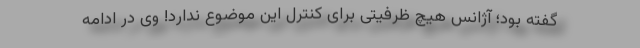
گفته بود؛ آژانس هیچ ظرفیتی برای کنترل این موضوع ندارد! وی در ادامه